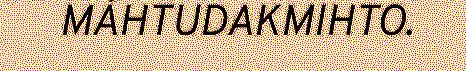
MÁHTUDAKMIHTO.